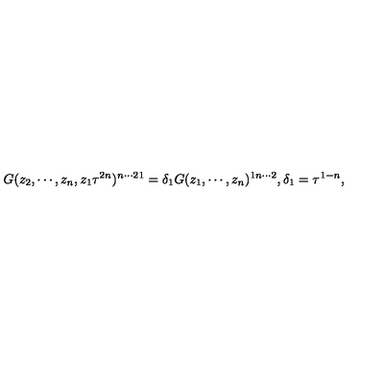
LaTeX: G ( z _ { 2 } , \cdots , z _ { n } , z _ { 1 } \tau ^ { 2 n } ) ^ { n \cdots 2 1 } = \delta _ { 1 } G ( z _ { 1 } , \cdots , z _ { n } ) ^ { 1 n \cdots 2 } , \delta _ { 1 } = \tau ^ { 1 - n } ,